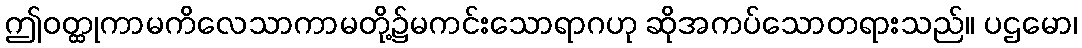
ဤဝတ္ထုကာမကိလေသာကာမတို့၌မကင်းသောရာဂဟု ဆိုအကပ်သောတရားသည်။ ပဌမော၊